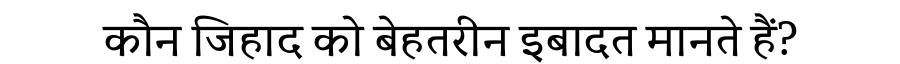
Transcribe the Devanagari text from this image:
कौन जिहाद को बेहतरीन इबादत मानते हैं?